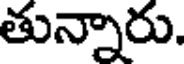
తున్నారు.